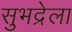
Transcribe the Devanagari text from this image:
सुभद्रेला